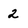
Character: 2